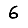
Digit: 6